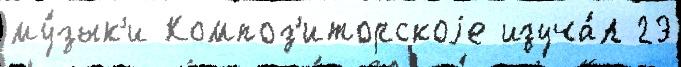
му́зык'и Композ'иторскоjе изуча́л 23